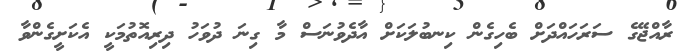
ރާއްޖޭގެ ސަރަހައްދަށް ބެހިގެން ކިނބުލަކަށް އާދެވުނަސް މާ ގިނަ ދުވަހު ދިރިއޮތުމަކީ އެކަށީގެންވާ